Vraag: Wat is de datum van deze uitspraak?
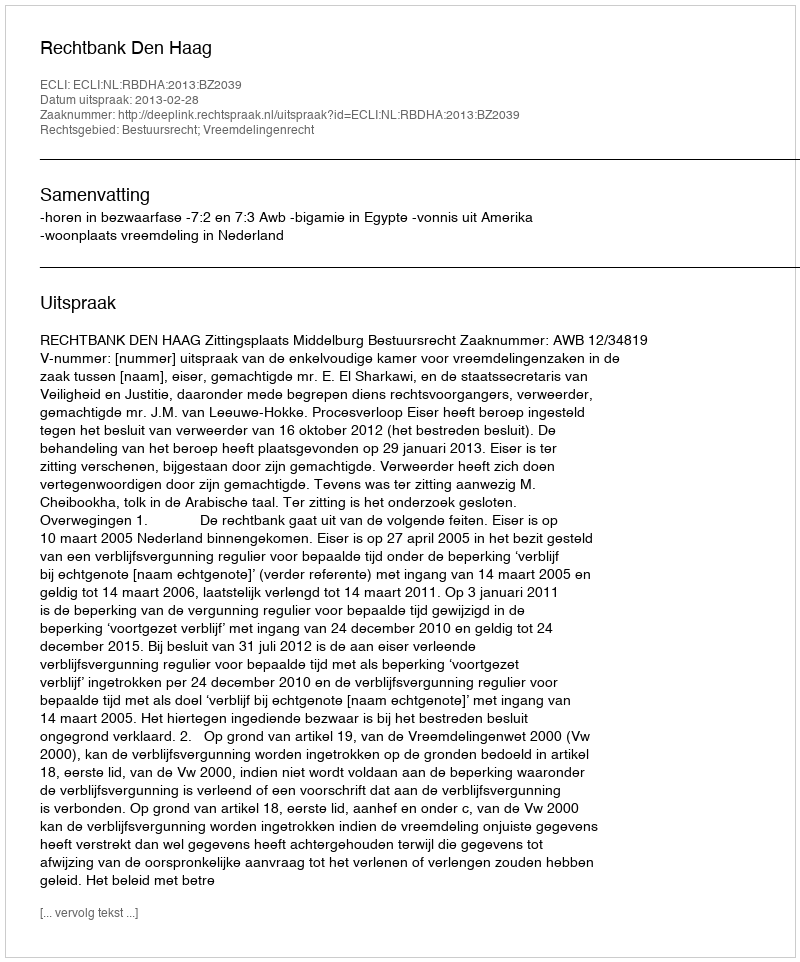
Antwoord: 2013-02-28